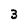
Character: 3